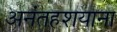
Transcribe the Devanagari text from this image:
अनंतहशयाना